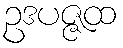
ဥဒပဇ္ဇထ